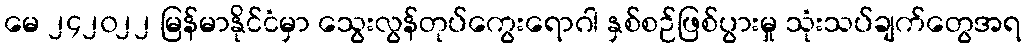
မေ ၂၄၂၀၂၂ မြန်မာနိုင်ငံမှာ သွေးလွန်တုပ်ကွေးရောဂါ နှစ်စဉ်ဖြစ်ပွားမှု သုံးသပ်ချက်တွေအရ